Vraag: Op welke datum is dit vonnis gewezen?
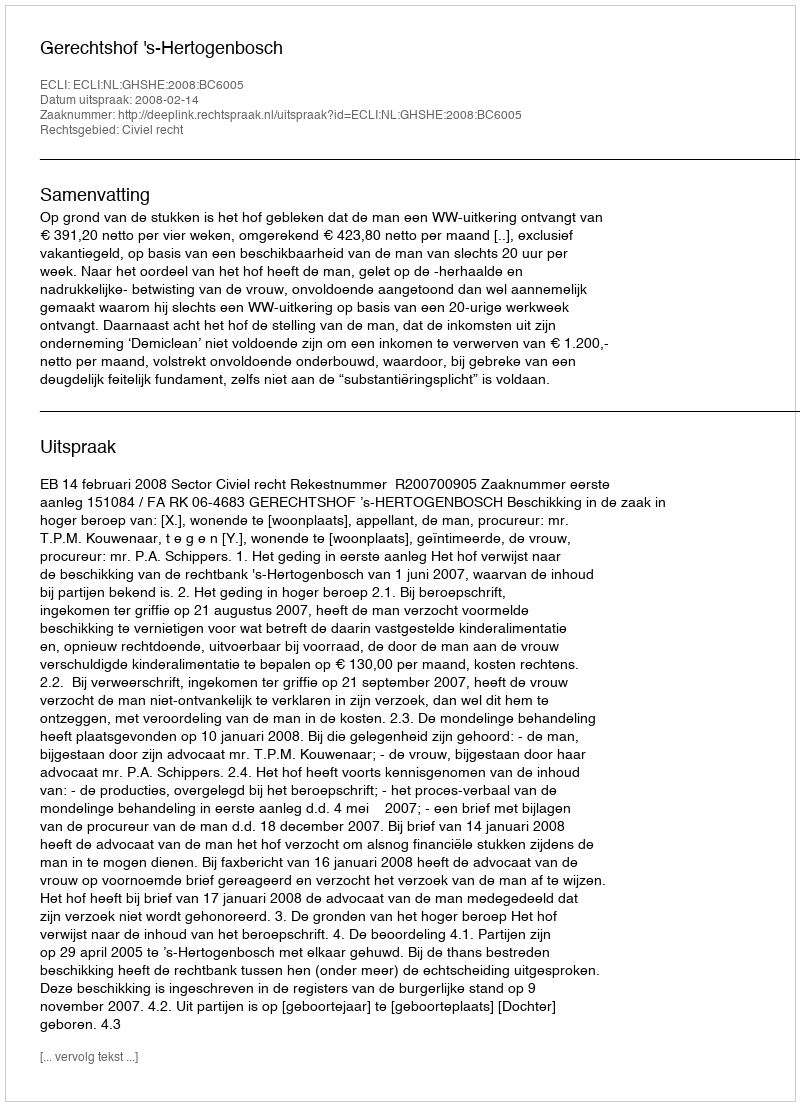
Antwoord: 2008-02-14